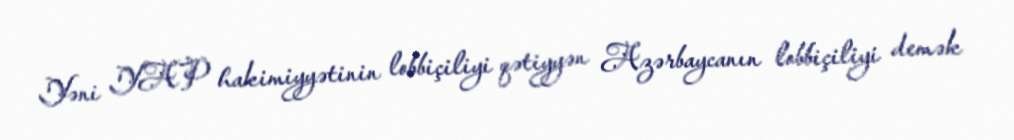
Yəni YAP hakimiyyətinin lobbiçiliyi qətiyyən Azərbaycanın lobbiçiliyi demək